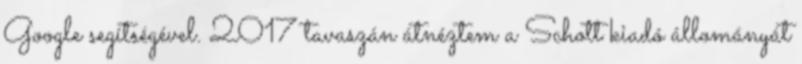
Google segítségével. 2017 tavaszán átnéztem a Schott kiadó állományát